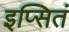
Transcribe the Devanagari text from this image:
इप्सितं